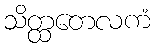
သိတ္ထတေလကံ